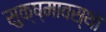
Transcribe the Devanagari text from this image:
सुक्ष्मावस्था